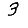
Digit: 3